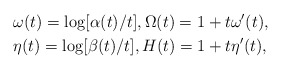
\begin{align*}&\omega(t)=\log[\alpha(t)/t],\Omega(t)=1+t\omega'(t),\\&\eta(t)=\log[\beta(t)/t],H(t)=1+t\eta'(t),\end{align*}